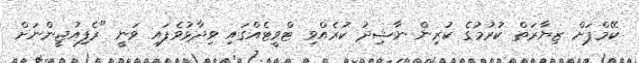
ކޭމްޕަށް ޒިޔާރަތް ކުރުމުގެ ކުރިން ނާޝިދު ކުރެއްވި ޓްވީޓެއްގައި ވިދާޅުވެފައި ވަނީ "ރެފިއުޖީންނަށް